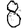
Digit: 8